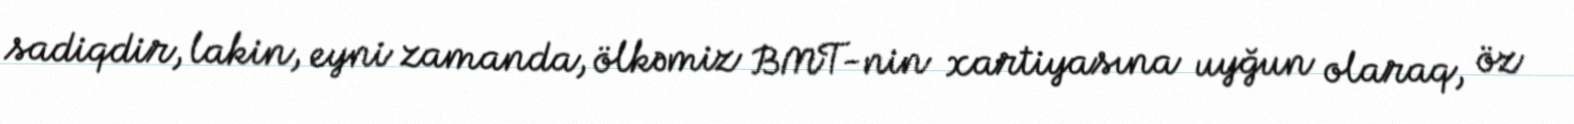
sadiqdir, lakin, eyni zamanda, ölkəmiz BMT-nin xartiyasına uyğun olaraq, öz